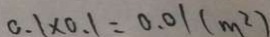
0 . 1 \times 0 . 1 = 0 . 0 1 ( m ^ { 2 } )